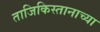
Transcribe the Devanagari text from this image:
ताजिकिस्तानाच्या